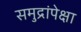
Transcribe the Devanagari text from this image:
समुद्रांपेक्षा